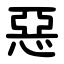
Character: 惡